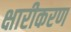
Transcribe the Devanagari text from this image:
क्षारीकरण